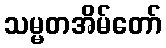
သမ္မတအိမ်တော်